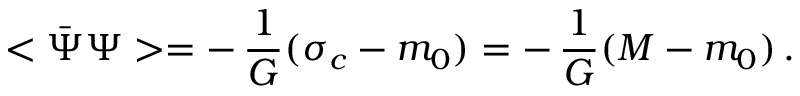
< \bar { \Psi } \Psi > = - \, { \frac { 1 } { G } } ( \sigma _ { c } - m _ { 0 } ) = - \, { \frac { 1 } { G } } ( M - m _ { 0 } ) \, .